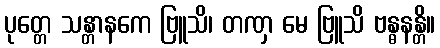
ပုတ္တေ သန္တာနကေ ဗြူသိ၊ တဏှ မေ ဗြူသိ ဗန္ဓနန္တိ။